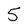
Character: 5